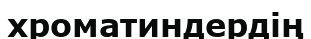
хроматиндердің